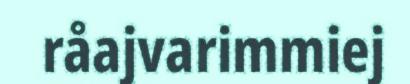
råajvarimmiej